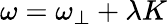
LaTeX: \omega=\omega_{\perp}+\lambda K